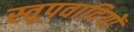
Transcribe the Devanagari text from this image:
स्तूपवादियों